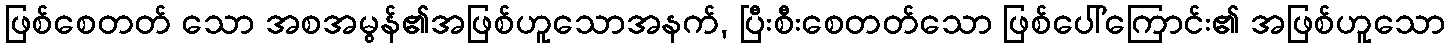
ဖြစ်စေတတ် သော အစအမွန်၏အဖြစ်ဟူသောအနက်, ပြီးစီးစေတတ်သော ဖြစ်ပေါ်ကြောင်း၏ အဖြစ်ဟူသော